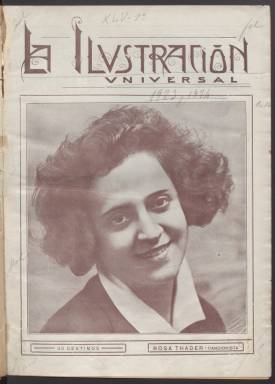
Título: La Ilvstración vniversal
Otros títulos: Ilustración universal
Colección: Revistas de información general
Ámbito geográfico: Madrid
Lugar de publicación: Madrid
Fechas: 01/07/1923-30/09/1929